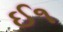
ઈ૧